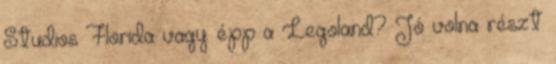
Studios Florida vagy épp a Legoland? Jó volna részt